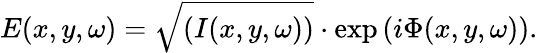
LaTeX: E(x,y,\omega)=\sqrt{(I(x,y,\omega))}\cdot\exp{\left(i\Phi(x,y,\omega)\right)}.